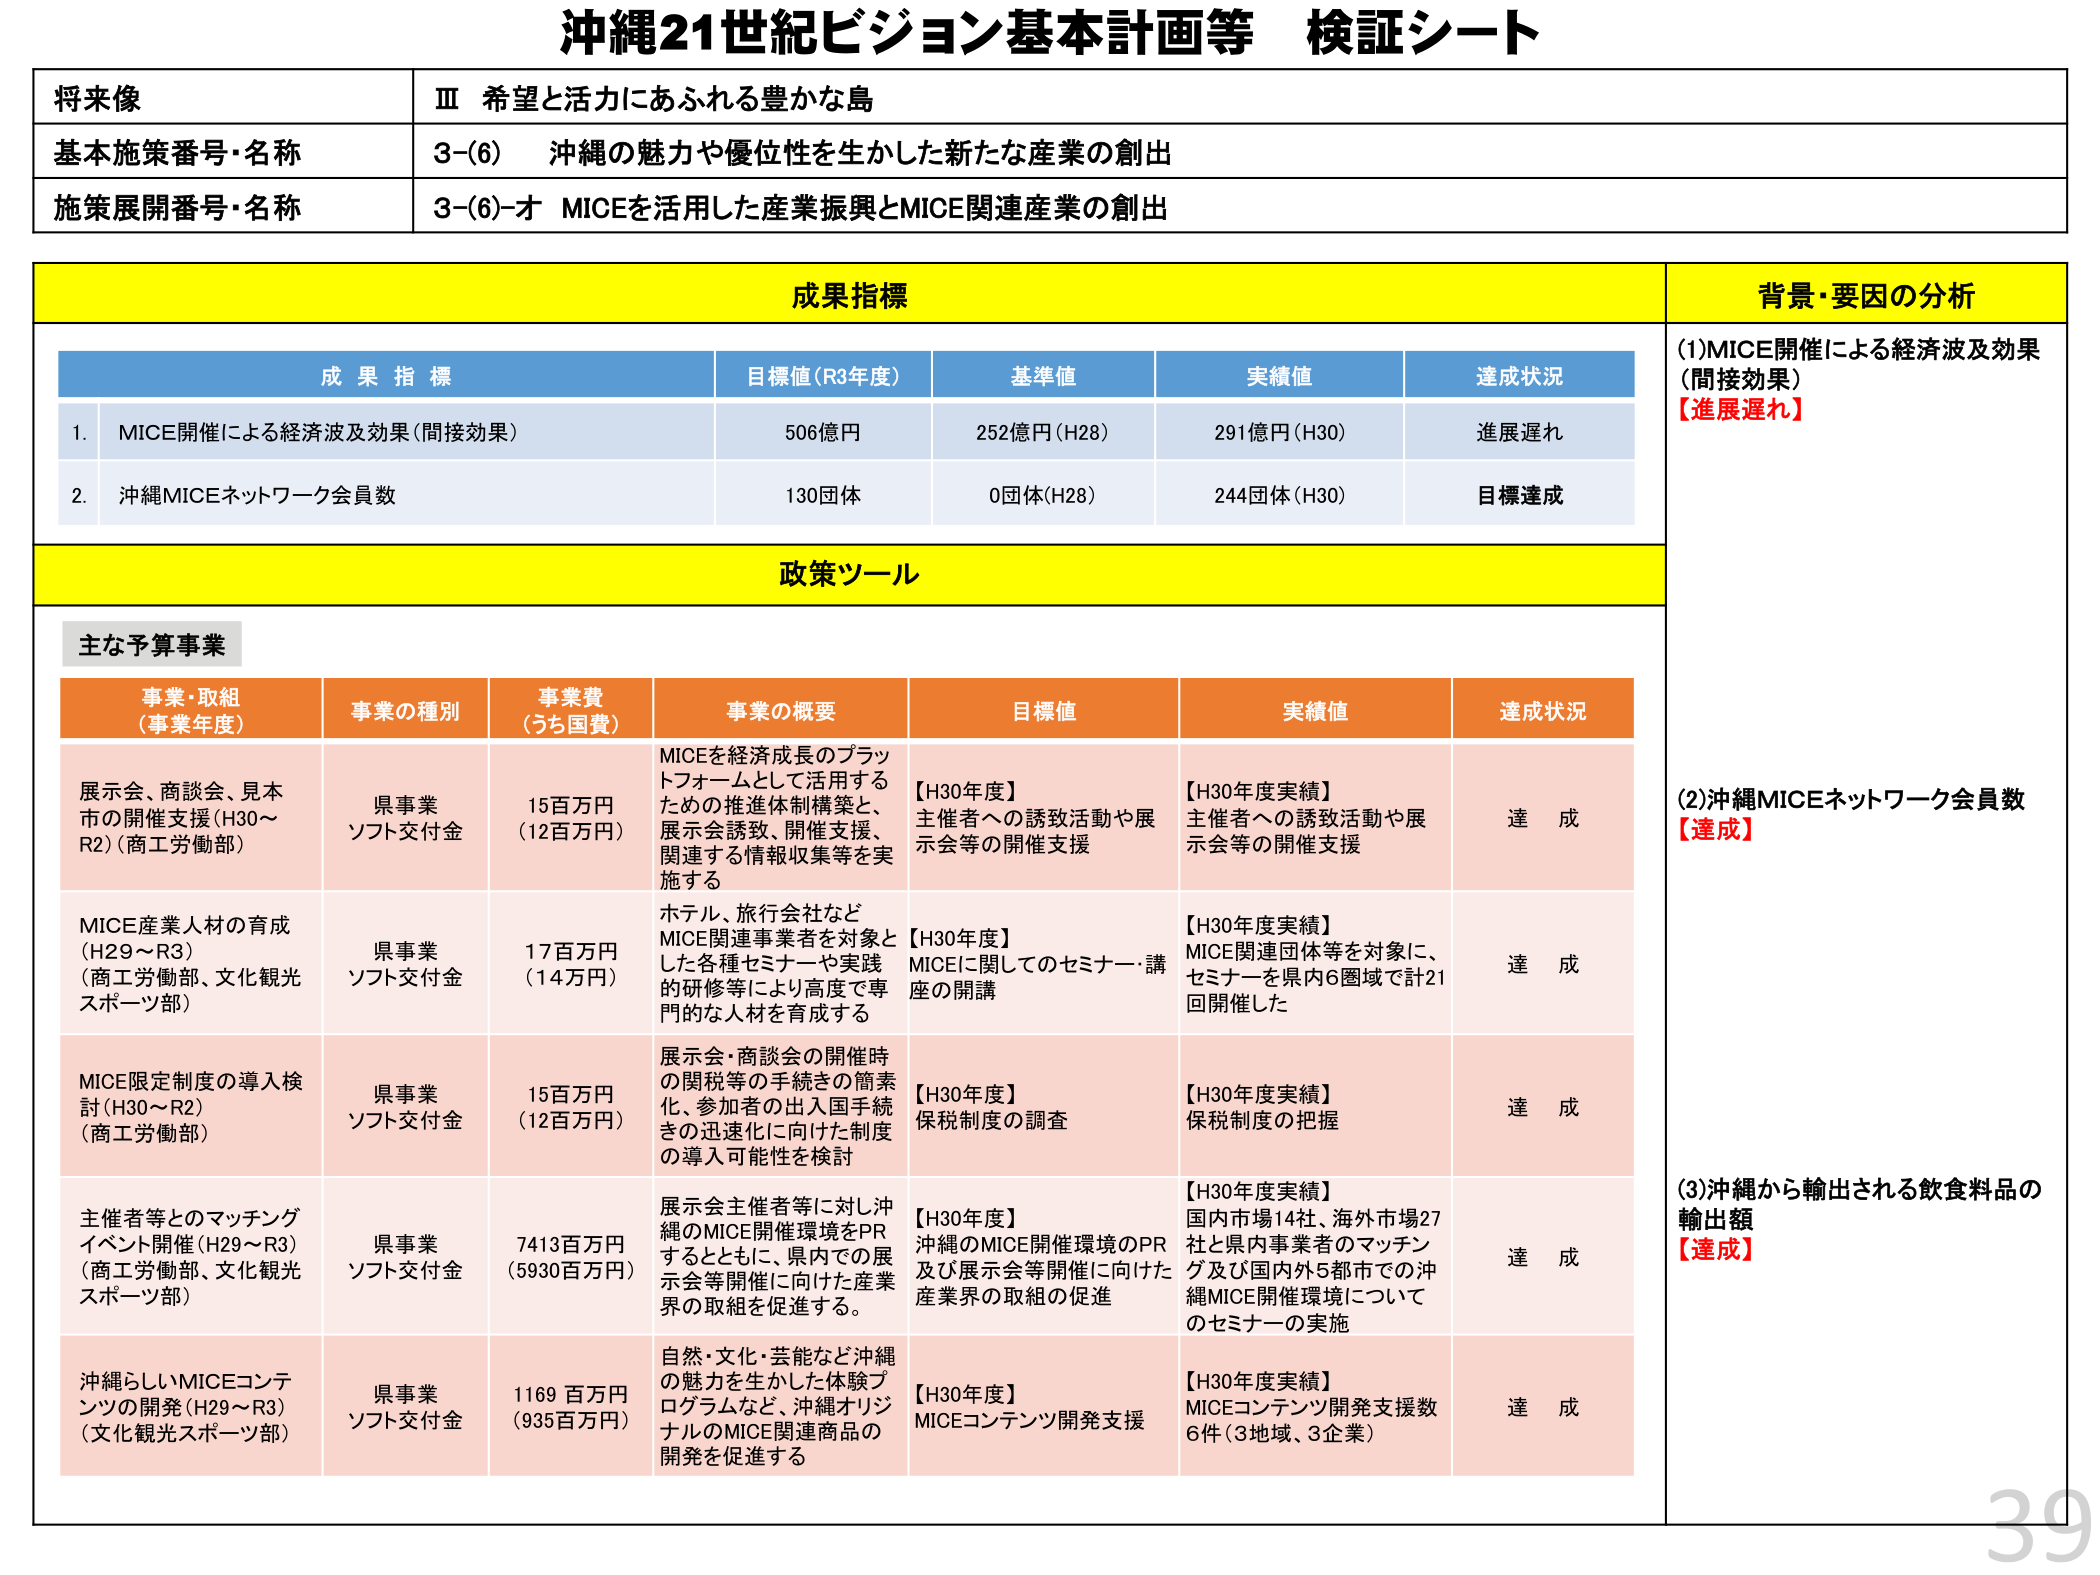
沖縄21世紀ビジョン基本計画等 検証シート

将来像
Ⅲ 希望と活力にあふれる豊かな島

基本施策番号・名称
3-(6) 沖縄の魅力や優位性を生かした新たな産業の創出

施策展開番号・名称
3-(6)-オ MICEを活用した産業振興とMICE関連産業の創出

成果指標

成果指標
目標値(R3年度)
基準値
実績値
達成状況

1. MICE開催による経済波及効果（間接効果）
506億円
252億円(H28)
291億円(H30)
進展遅れ

2. 沖縄MICEネットワーク会員数
130団体
0団体(H28)
244団体(H30)
目標達成

背景・要因の分析
(1)MICE開催による経済波及効果（間接効果）
【進展遅れ】

政策ツール

主な予算事業

事業・取組（事業年度）
事業の種別
事業費（うち国費）
事業の概要
目標値
実績値
達成状況

展示会、商談会、見本市の開催支援(H30～R2)（商工労働部）
県事業
ソフト交付金
15百万円（12百万円）
MICEを経済成長のプラットフォームとして活用するための推進体制構築と、展示会誘致、開催支援、関連する情報収集等を実施する
【H30年度】主催者への誘致活動や展示会等の開催支援
【H30年度実績】主催者への誘致活動や展示会等の開催支援
達成

MICE産業人材の育成(H29～R3)（商工労働部、文化観光スポーツ部）
県事業
ソフト交付金
17百万円（14万円）
ホテル、旅行会社などMICE関連事業者を対象とした各種セミナーや実践的研修等により高度で専門的な人材を育成する
【H30年度】MICEに関してのセミナー・講座の開講
【H30年度実績】MICE関連団体等を対象に、セミナーを県内6圏域で計21回開催した
達成

MICE限定制度の導入検討(H30～R2)（商工労働部）
県事業
ソフト交付金
15百万円（12百万円）
展示会・商談会の開催時の関税等の手続きの簡素化、参加者の出入国手続きの迅速化に向けた制度の導入可能性を検討
【H30年度】保税制度の調査
【H30年度実績】保税制度の把握
達成

主催者等とのマッチングイベント開催(H29～R3)（商工労働部、文化観光スポーツ部）
県事業
ソフト交付金
7413百万円（5930百万円）
展示会主催者等に対し沖縄のMICE開催環境をPRするとともに、県内での展示会等開催に向けた産業界の取組を促進する。
【H30年度】沖縄のMICE開催環境のPR及び展示会等開催に向けた産業界の取組の促進
【H30年度実績】国内市場14社、海外市場27社と県内事業者のマッチング及び国内外5都市での沖縄MICE開催環境についてのセミナーの実施
達成

沖縄らしいMICEコンテンツの開発(H29～R3)（文化観光スポーツ部）
県事業
ソフト交付金
1169百万円（935百万円）
自然・文化・芸能など沖縄の魅力を生かした体験プログラムなど、沖縄オリジナルのMICE関連商品の開発を促進する
【H30年度】MICEコンテンツ開発支援
【H30年度実績】MICEコンテンツ開発支援数6件（3地域、3企業）
達成

(2)沖縄MICEネットワーク会員数
【達成】

(3)沖縄から輸出される飲食料品の輸出額
【達成】

39